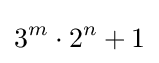
3^{m}\cdot 2^{n}+1